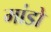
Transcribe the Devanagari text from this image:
मांडो